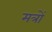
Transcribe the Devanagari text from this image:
मत्रों